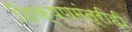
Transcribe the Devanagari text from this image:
शिक्षणमंत्रीही